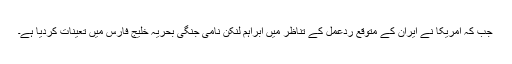
جب کہ امریکا نے ایران کے متوقع ردعمل کے تناظر میں ابراہم لنکن نامی جنگی بحریہ خلیج فارس میں تعینات کردیا ہے۔